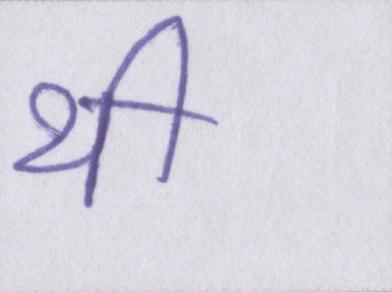
थी